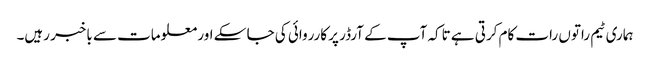
ہماری ٹیم راتوں رات کام کرتی ہے تاکہ آپ کے آرڈر پر کارروائی کی جا سکے اور معلومات سے باخبر رہیں۔